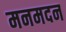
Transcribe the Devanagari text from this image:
मनमदन